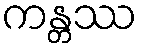
ကန္တဿ